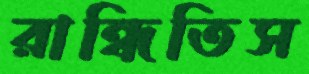
রান্ধিতিস